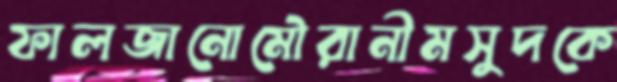
ফালজানোমৌরানীমসুদকে